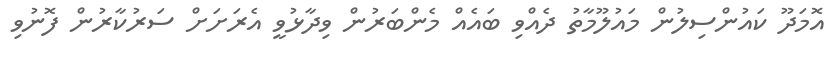
އޮމަދޫ ކައުންސިލުން މައުލޫމާތު ދެއްވި ބައެއް މެންބަރުން ވިދާޅުވީ އެރަށަށް ސަރުކާރުން ފޮނުވި